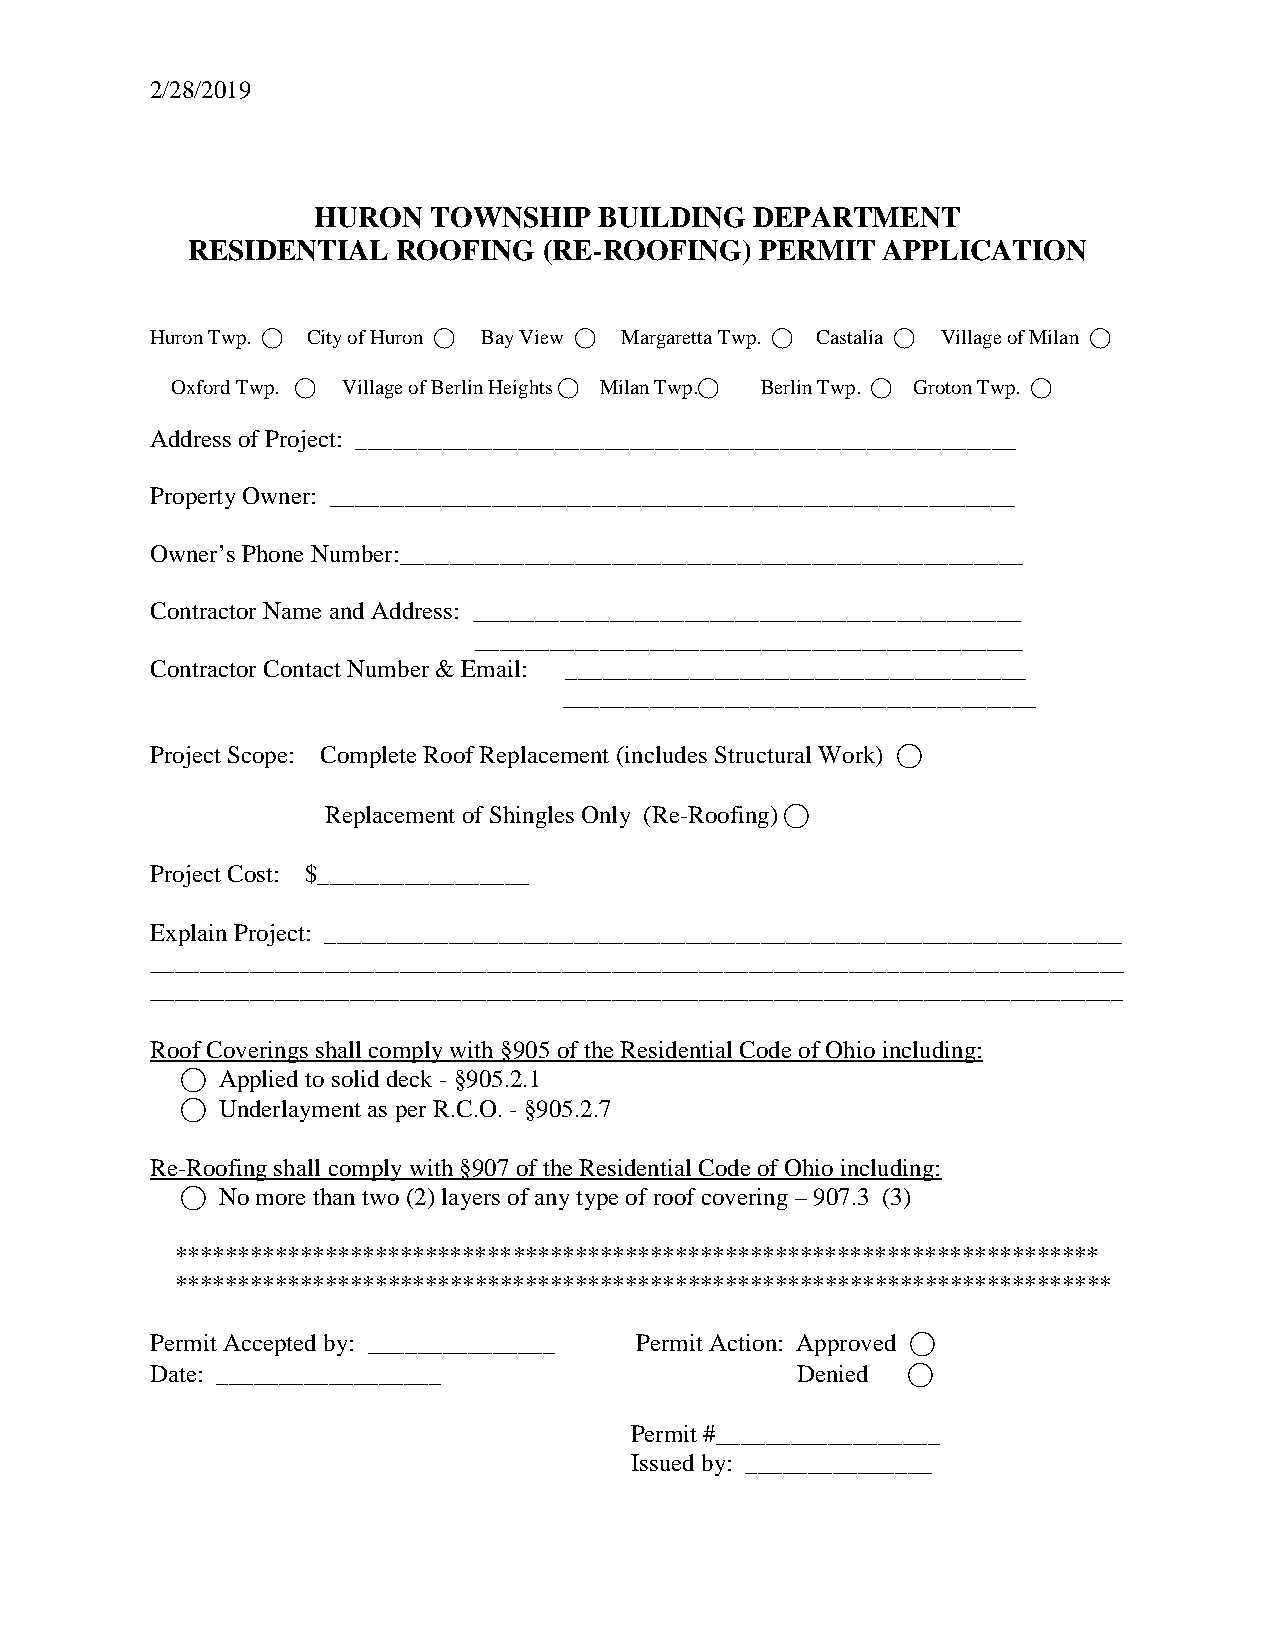
2/28/2019
 HURON  TOWNSHIP    BUILDING  DEPARTMENT
 RESIDENTIAL   ROOFING   (RE-ROOFING)  PERMIT  APPLICATION
 Huron Twp. ⃝ City of Huron ⃝ Bay View ⃝ Margaretta Twp. ⃝ Castalia ⃝ Village of Milan ⃝
 Oxford Twp. ⃝ Village of Berlin Heights ⃝ Milan Twp.⃝ Berlin Twp. ⃝ Groton Twp. ⃝
 Address of Project: _____________________________________________________
 Property Owner: _______________________________________________________
 Owner’s Phone Number:__________________________________________________
 Contractor Name and Address: ____________________________________________
 ____________________________________________
 Contractor Contact Number & Email: _____________________________________
 ______________________________________
 Project Scope: Complete Roof Replacement (includes Structural Work) ⃝
 Replacement of Shingles Only (Re-Roofing) ⃝
 Project Cost: $_________________
 Explain Project: ________________________________________________________________
 ______________________________________________________________________________
 ______________________________________________________________________________
 Roof Coverings shall comply with §905 of the Residential Code of Ohio including:
 ⃝ Applied to solid deck -§905.2.1
 ⃝ Underlayment as per R.C.O. -§905.2.7
 Re-Roofing shall comply with §907 of the Residential Code of Ohio including:
 ⃝ No more than two (2) layers of any type of roof covering – 907.3 (3)
 **************************************************************************
 ***************************************************************************
 Permit Accepted by: _______________ Permit Action: Approved ⃝
 Date: __________________                   Denied ⃝
 Permit #__________________
 Issued by: _______________